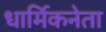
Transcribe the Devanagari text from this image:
धार्मिकनेता